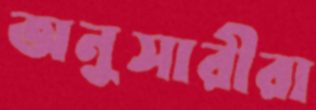
অনুসারীরা